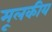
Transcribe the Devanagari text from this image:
मूलकीय